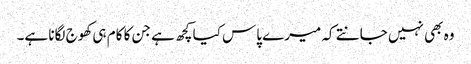
وہ بھی نہیں جانتے کہ میرے پاس کیا کچھ ہے جن کا کام ہی کھوج لگانا ہے۔